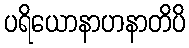
ပရိယောနာဟနာတိပိ